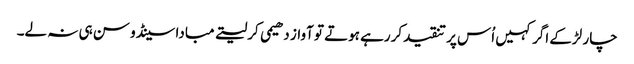
چار لڑکے اگر کہیں اُس پر تنقیدکررہے ہوتے تو آواز دھیمی کرلیتے مبادا سینڈو سن ہی نہ لے۔